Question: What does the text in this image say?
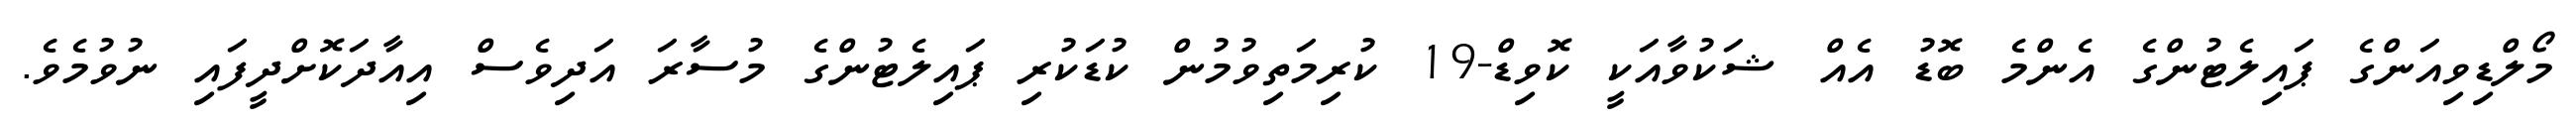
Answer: މޯލްޑިވިއަންގެ ޕައިލެޓުންގެ އެންމެ ބޮޑު އެއް ޝަކުވާއަކީ ކޮވިޑް-19 ކުރިމަތިވުމުން ކުޑަކުރި ޕައިލެޓުންގެ މުސާރަ އަދިވެސް އިއާދަކޮށްދީފައި ނުވުމެވެ.